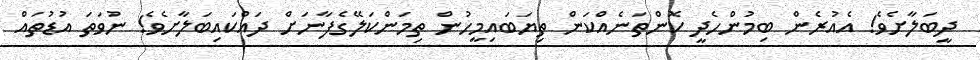
ދީބަލާށެވެ! އެއުރެން ބިމުންހެދީ ކޮންތަނެއްކަން ތިޔަބައިމީހުން ތިމަންކަލޭގެފާނަށް ދައްކައިބަލާށެވެ! ނުވަތަ އުޑުތައް